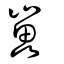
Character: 𡾋